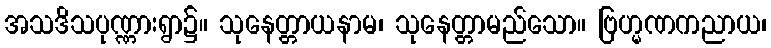
အသဒိသပုဏ္ဏားရွာ၌။ သုနေတ္တာယနာမ၊ သုနေတ္တာမည်သော။ ဗြဟ္မဏကညာယ၊